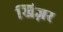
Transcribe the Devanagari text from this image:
खिज़र